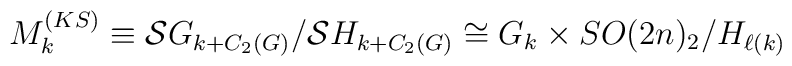
M_k^{\tiny(KS)}\equiv{\cal S}G_{k+C_2(G)}/{\cal S}H_{k+C_2(G)}\cong G_k\times SO(2n)_2/H_{\ell(k)}